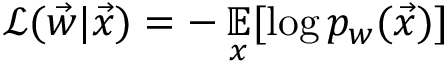
\mathcal { L } ( \vec { w } | \vec { x } ) = - \mathop { { } \mathbb { E } } _ { x } [ \log p _ { w } ( \vec { x } ) ]